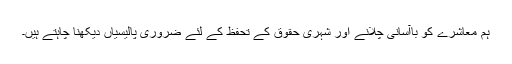
ہم معاشرے کو باآسانی چلانے اور شہری حقوق کے تحفظ کے لئے ضروری پالیسیاں دیکھنا چاہتے ہیں۔